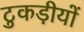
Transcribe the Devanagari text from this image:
टुकड़ीयों